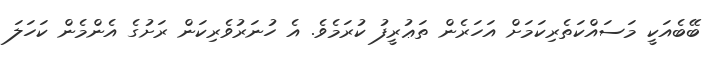
ބޭބެއަކީ މަސައްކަތެރިކަމަށް އަހަރެން ތަޢުރީފު ކުރަމެވެ. އެ ހުނަރުވެރިކަން ރަށުގެ އެންމެން ކަހަލަ